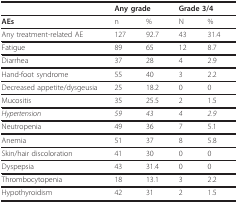
|  | <COLSPAN=2> Any grade | <COLSPAN=2> Grade 3/4 |
 | --- | --- | --- | --- | --- |
 | AEs | n | % | N | % |
 | Any treatment-related AE | 127 | 92.7 | 43 | 31.4 |
 | Fatigue | 89 | 65 | 12 | 8.7 |
 | Diarrhea | 37 | 28 | 4 | 2.9 |
 | Hand-foot syndrome | 55 | 40 | 3 | 2.2 |
 | Decreased appetite/dysgeusia | 25 | 18.2 | 0 | 0 |
 | Mucositis | 35 | 25.5 | 2 | 1.5 |
 | Hypertension | 59 | 43 | 4 | 2.9 |
 | Neutropenia | 49 | 36 | 7 | 5.1 |
 | Anemia | 51 | 37 | 8 | 5.8 |
 | Skin/hair discoloration | 41 | 30 | 0 | 0 |
 | Dyspepsia | 43 | 31.4 | 0 | 0 |
 | Thrombocytopenia | 18 | 13.1 | 3 | 2.2 |
 | Hypothyroidism | 42 | 31 | 2 | 1.5 |